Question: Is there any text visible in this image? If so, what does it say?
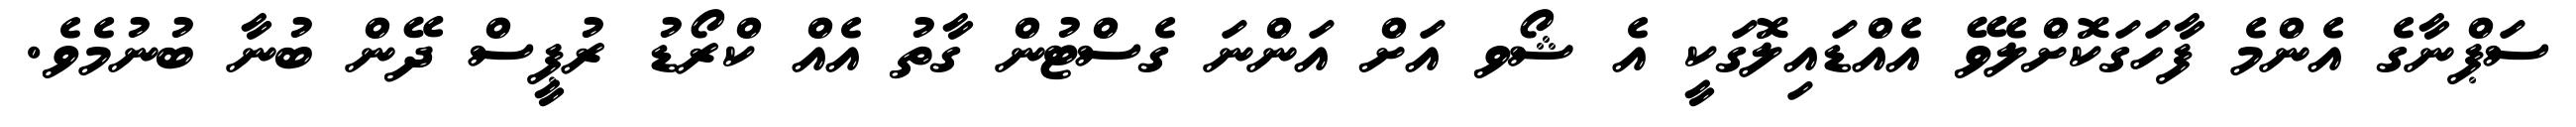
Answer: ސަޕްނާގެ އެންމެ ފާހަގަކޮށްލެވޭ އެއްޑައިލޮގަކީ އެ ޝޯވ އަށް އަންނަ ގެސްޓުން ގާތު އެއް ކްރޯޑު ރުޕީސް ދޭން ބުނާ ބުނުމެވެ.